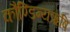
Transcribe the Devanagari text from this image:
कौण्डिन्यऋषि